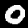
Digit: 0